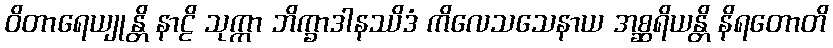
ဝိတာရေယျုန္တိ နာဠိ သုက္ကာ ဘိက္ခာဒါနဿိဒံ ကိလေသသေနာယ အစ္ဆရိယန္တိ နိရတောတိ